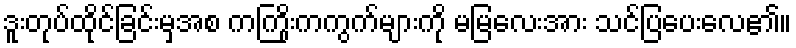
ဒူးတုပ်ထိုင်ခြင်းမှအစ ကကြိုးကကွက်များကို မမြလေးအား သင်ပြပေးလေ၏။